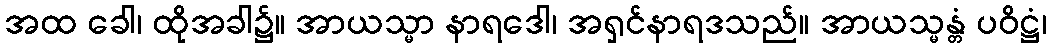
အထ ခေါ၊ ထိုအခါ၌။ အာယသ္မာ နာရဒေါ၊ အရှင်နာရဒသည်။ အာယသ္မန္တံ ပဝိဋ္ဌံ၊